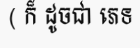
( ក៏ ដូចជា ភេទ